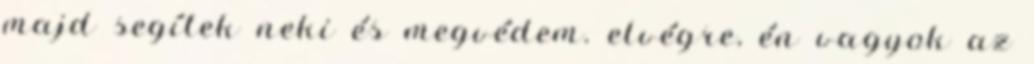
majd segítek neki és megvédem. elvégre, én vagyok az